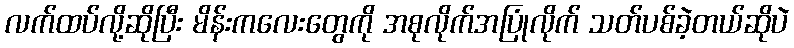
လက်ထပ်လို့ဆိုပြီး မိန်းကလေးတွေကို အစုလိုက်အပြုံလိုက် သတ်ပစ်ခဲ့တယ်ဆိုပဲ